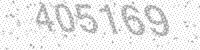
Solution: 405169